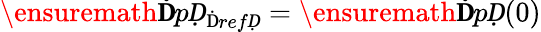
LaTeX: \ensuremath{\mathbf ḊpḌ}_{\mathrm{Ḋ}refḌ}=\ensuremath{\mathbf ḊpḌ}(0)